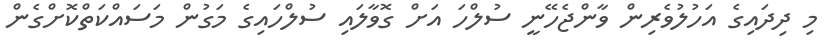
މި ދިދައިގެ އަހުލުވެރިން ވާންޖެހޭނީ ސުލްހަ އަށް ގޮވާލައި ސުލްހައިގެ މަގުން މަސައްކަތްކޮށްގެން